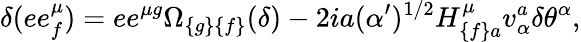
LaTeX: \delta(ee_{{f}}^{\mu})=ee^{\mu{g}}\Omega_{{\{ g\} \{ f\} }}(\delta)-2ia(\alpha^{\prime})^{{1/2}}H_{{\{ f\} a}}^{\mu}v_{\alpha}^{{a}}\delta\theta^{\alpha},